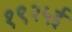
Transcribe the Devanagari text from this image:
१९२५ई